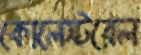
কোলেস্টরেল